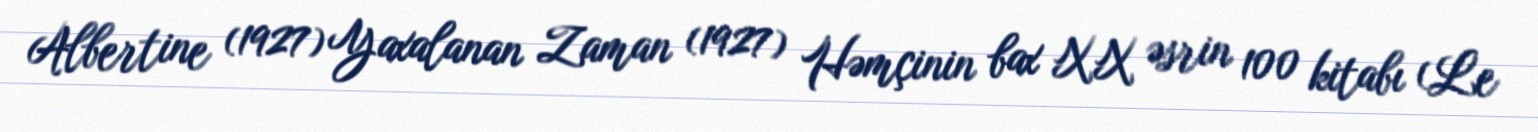
Albertine (1927) Yaxalanan Zaman (1927) Həmçinin bax XX əsrin 100 kitabı (Le